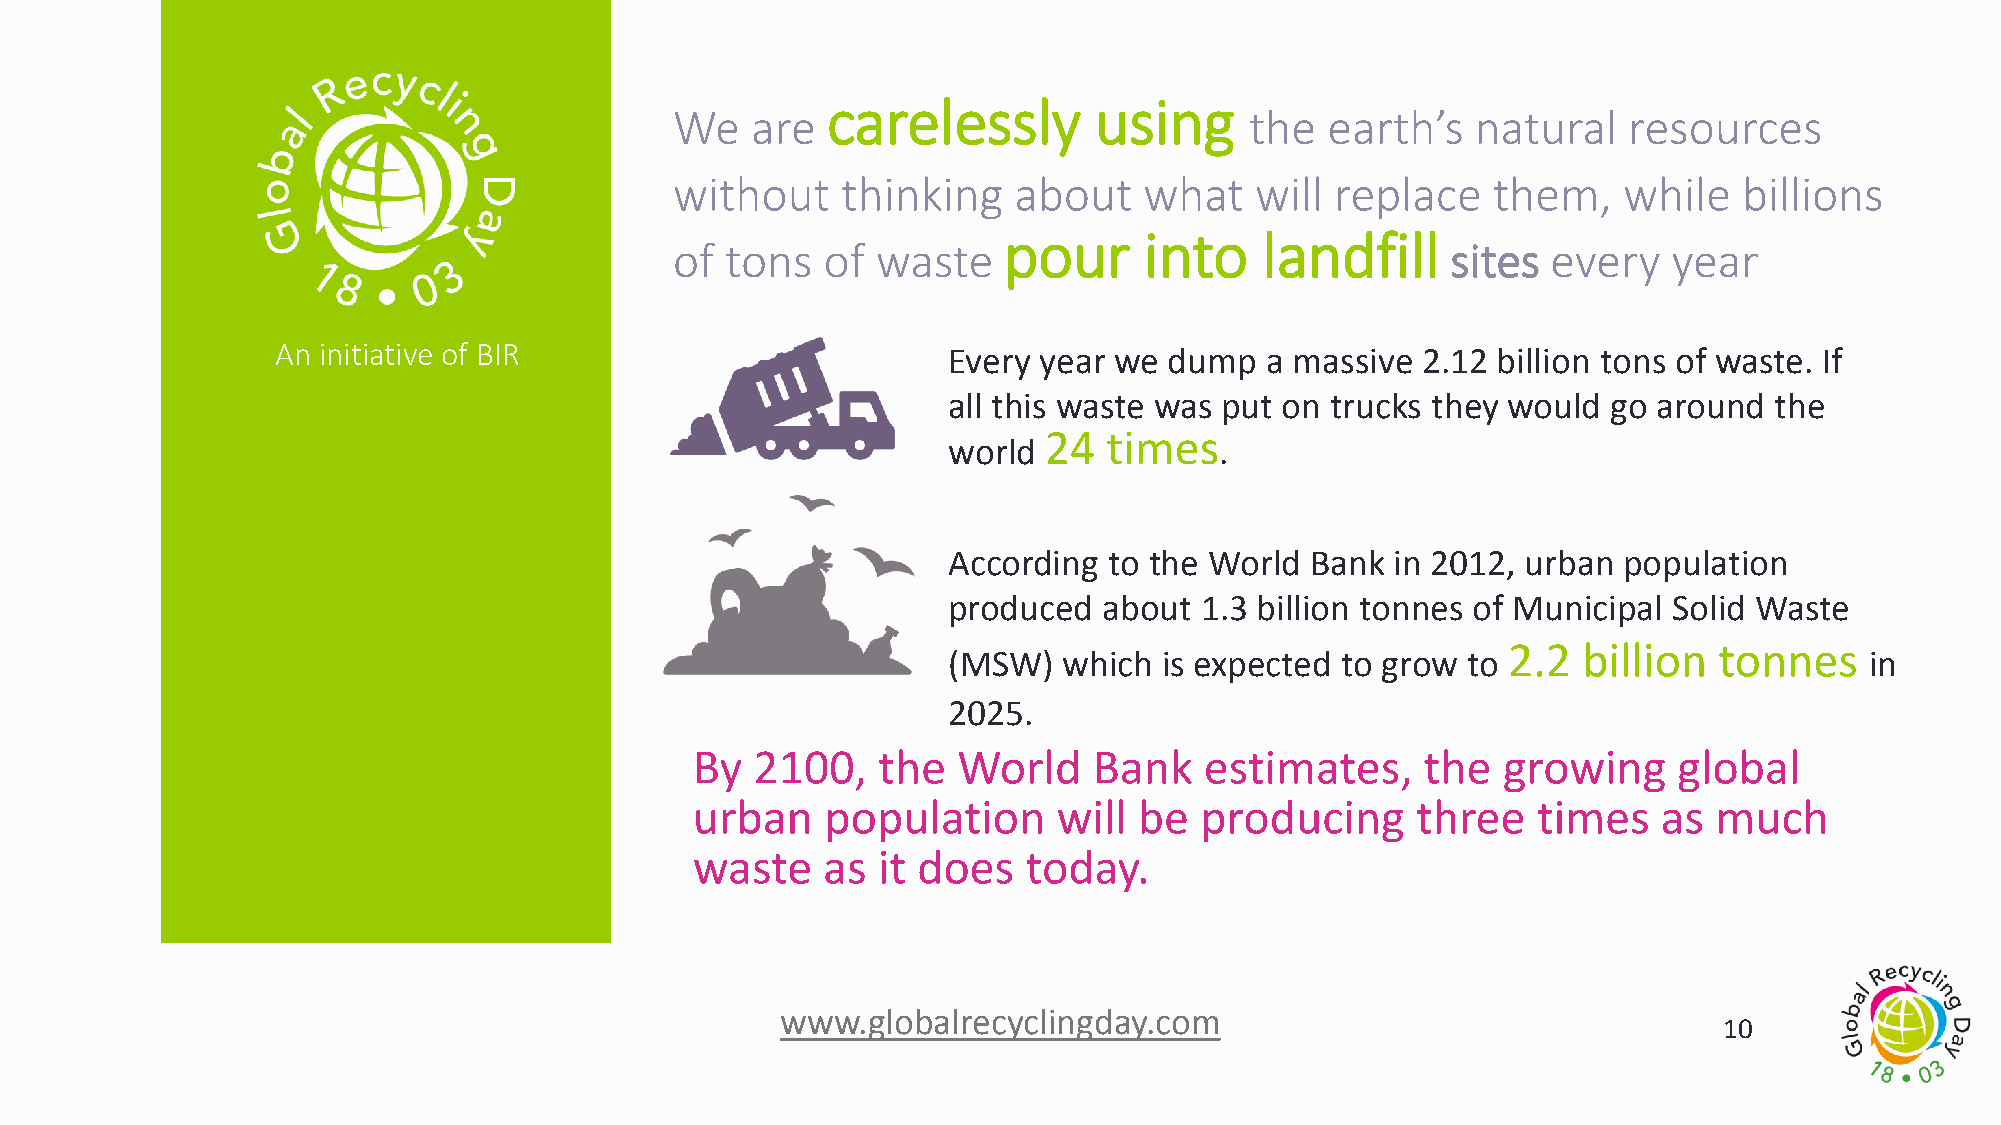
carelessly       using
 We   are                              the  earth’s   natural   resources
 without    thinking   about    what   will replace    them,   while   billions
 pour      into    landfill
 of tons   of waste                                 sites  every   year
 An initiative of BIR                         Every year we dump   a massive 2.12 billion tons of waste. If
 all this waste was put on trucks they would go around the
 24  times
 world             .
 According to the World  Bank in 2012, urban population
 produced  about  1.3 billion tonnes of Municipal Solid Waste
 2.2  billion  tonnes
 (MSW)  which  is expected to grow to                         in
 2025.
 By  2100,   the  World    Bank    estimates,    the  growing     global
 urban    population     will be  producing      three   times   as  much
 waste   as  it does   today.
 www.globalrecyclingday.com
 10